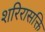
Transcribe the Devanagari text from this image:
शरिरासक्ति